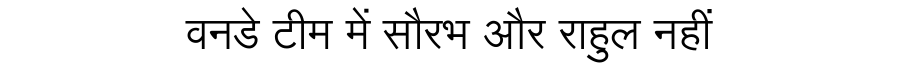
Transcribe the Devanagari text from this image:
वनडे टीम में सौरभ और राहुल नहीं